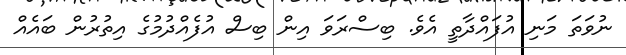
ނުވަތަ މަނި އުފައްދާތީ އެވެ. ބިސްރަވަ އިން ބިސް އުފެއްދުމުގެ އިތުރުން ބައެއް